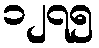
၁၂၇၅